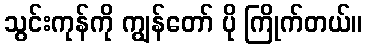
သွင်းကုန်ကို ကျွန်တော် ပို ကြိုက်တယ်။